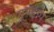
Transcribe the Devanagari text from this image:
गुण्डप्प